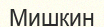
Мишкин